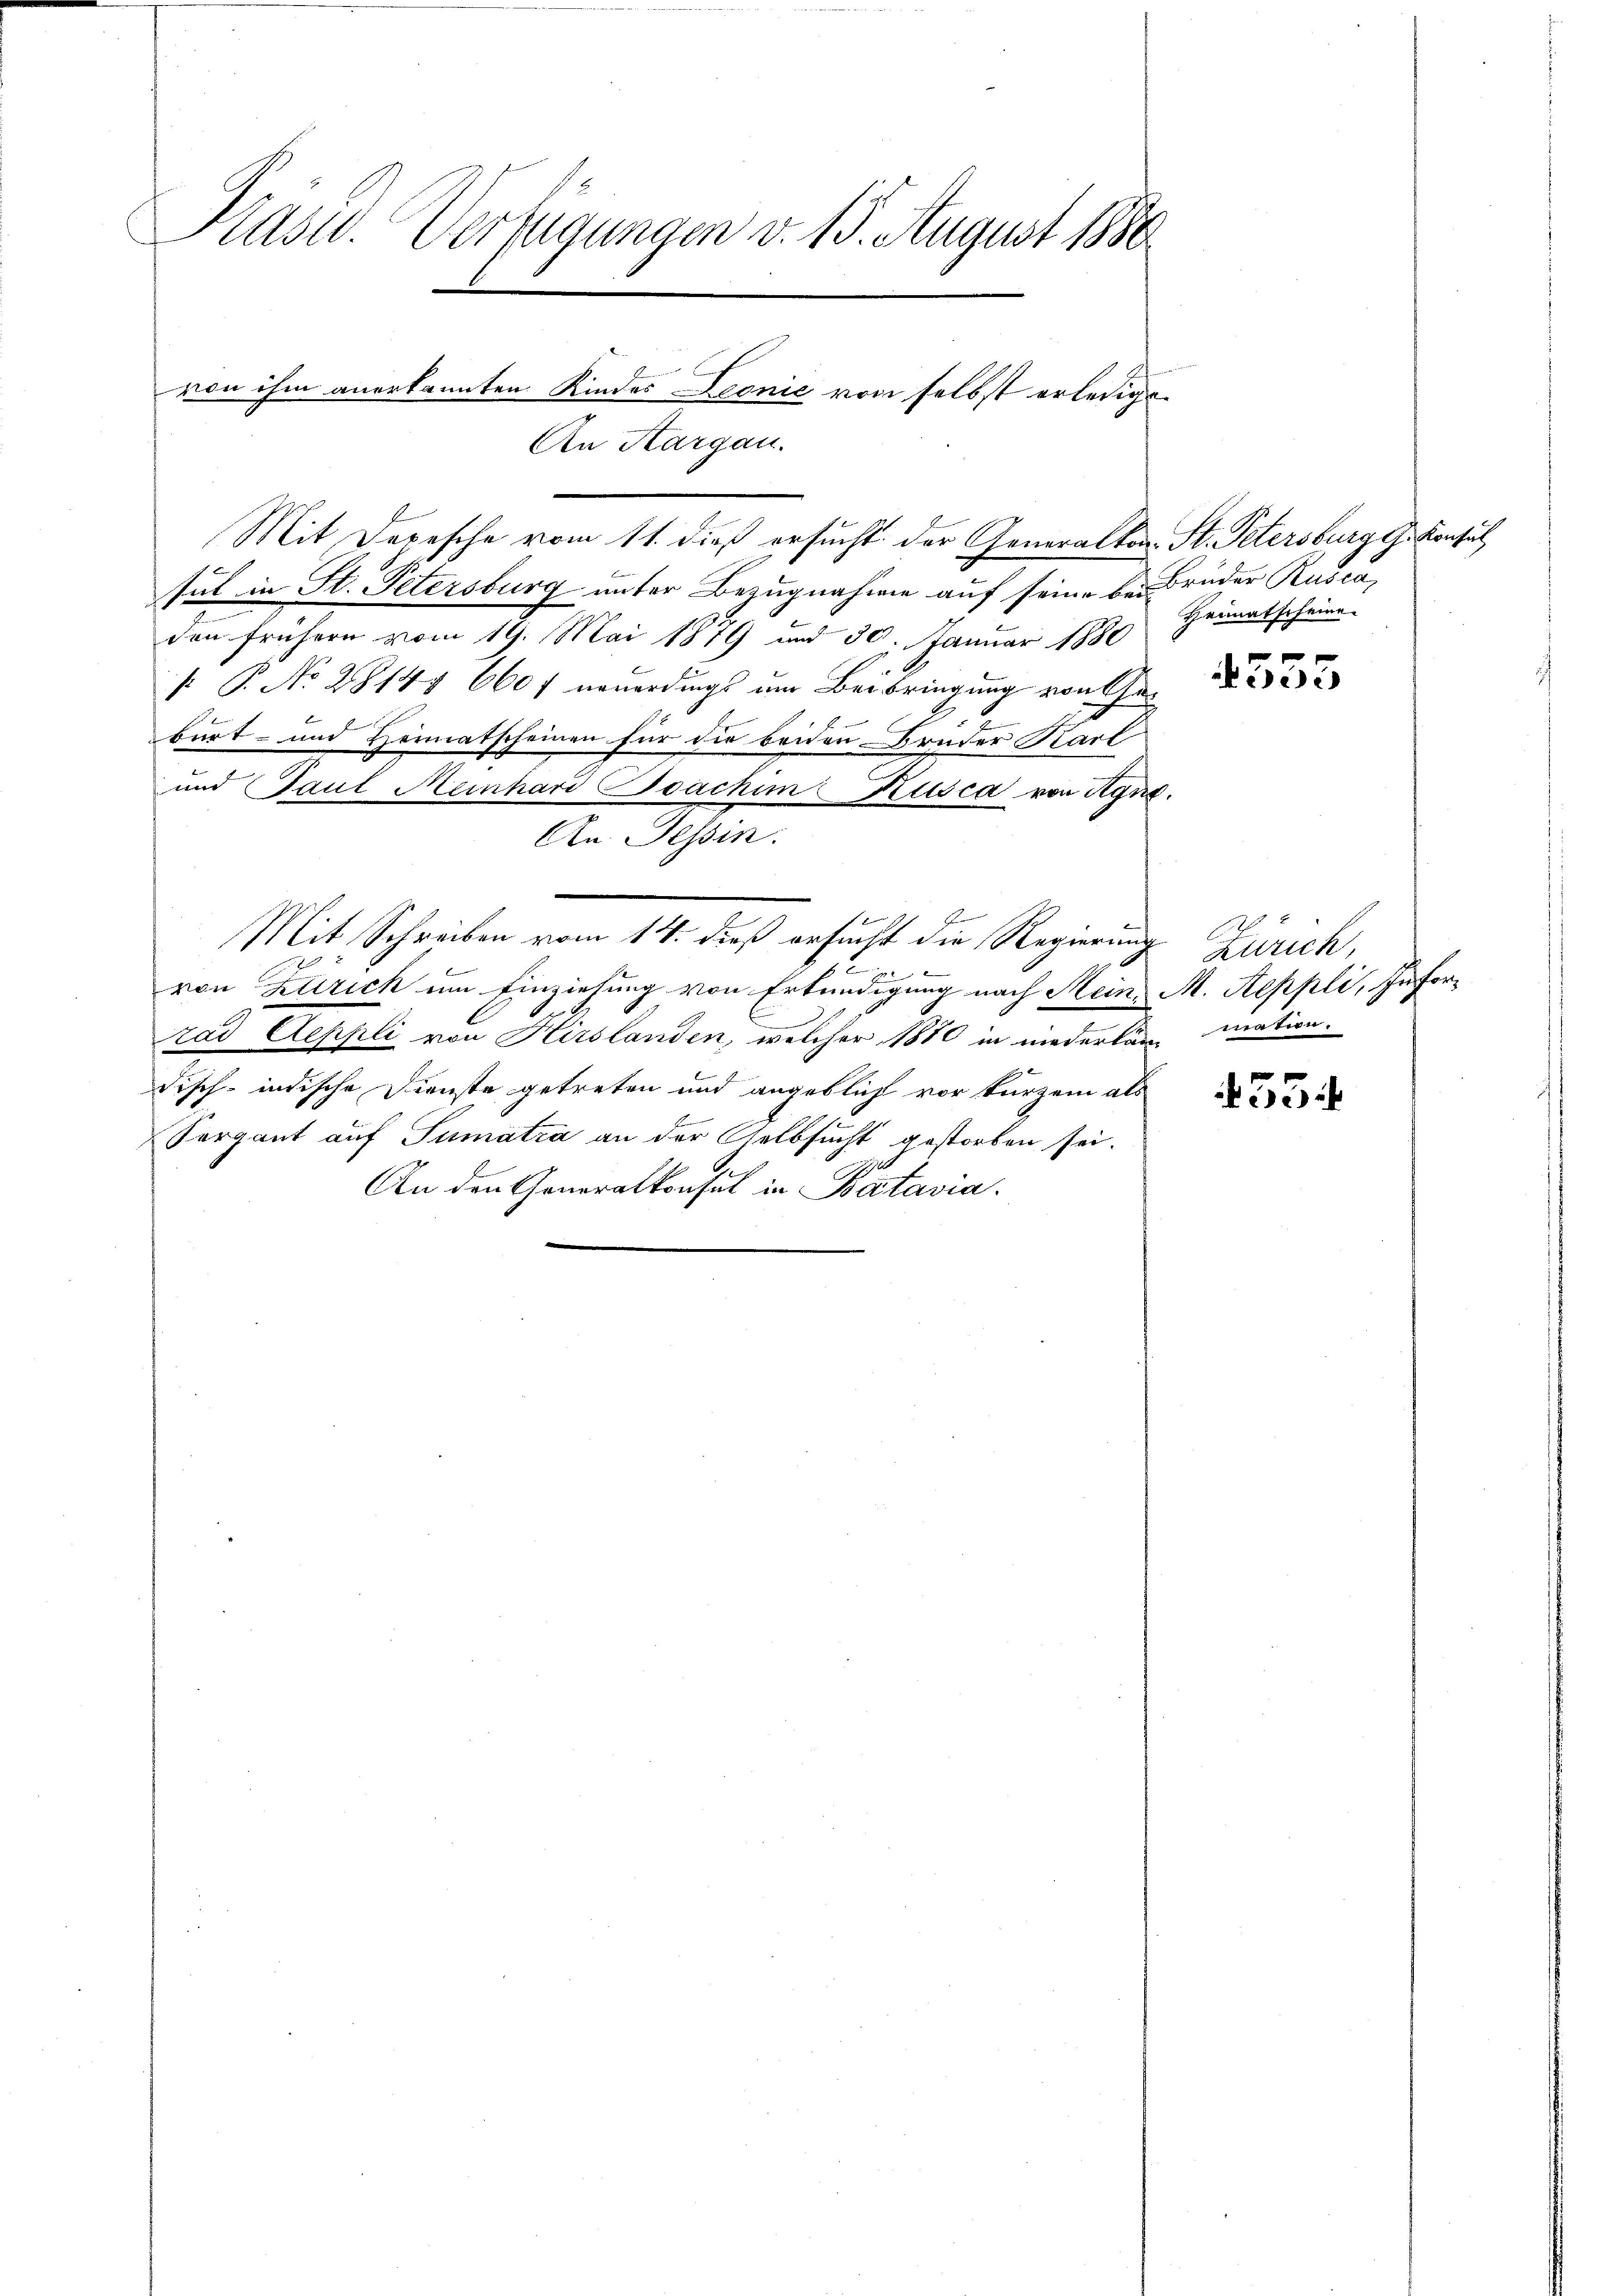
Präsid. Verfügungen v. 15. August 1880

tut in St. Petersburg unter Bezugnahme auf seine bei Brüder Ruscu
den frühern vom 19. Mai 1879 und 30. Januar 1880
 P. No 2814. 660 f neuerdings um Beibringung von Chaburt- und Hermatscheinen für die beiden Bruder Karl
und Paul Meinhard oachim Kusca von Agne.
An Tessin.
2
Mit Schreiben vom 14. dieß ersucht die Regierung Zürich,
t
von Zürich um Einziehung von Erkundigung nach Stein M. Aeppli, Inforrad Aeppli von Hirslanden, welcher 1880 in niederkann mation.
disch-indische Dienste getreten und angeblich vor kurzem als
Sergant auf Sumatra an der Selbsucht gestorben sei.
2
An den Generalkonsul in Batavia

von ihm anerkannten Kindes Leonić von selbst erledigt.
An Aargau.
Mit Depesche vom 11. dieß ersucht der Generalkon St. Petersburg G. Konsul

Heimatscheine

4555

534